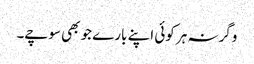
وگرنہ ہر کوئی اپنے بارے جو بھی سوچے۔